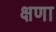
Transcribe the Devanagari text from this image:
क्षणा